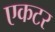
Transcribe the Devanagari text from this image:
एकटर